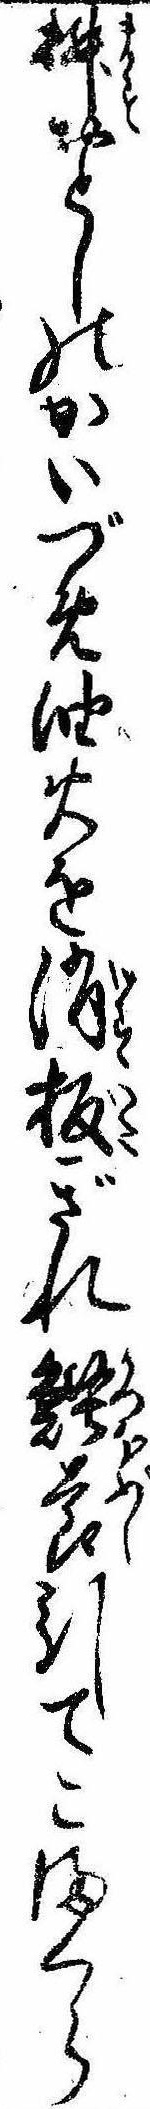
桝おとしのかいづめ油火を消板ぎれ鰹節引てこまくら